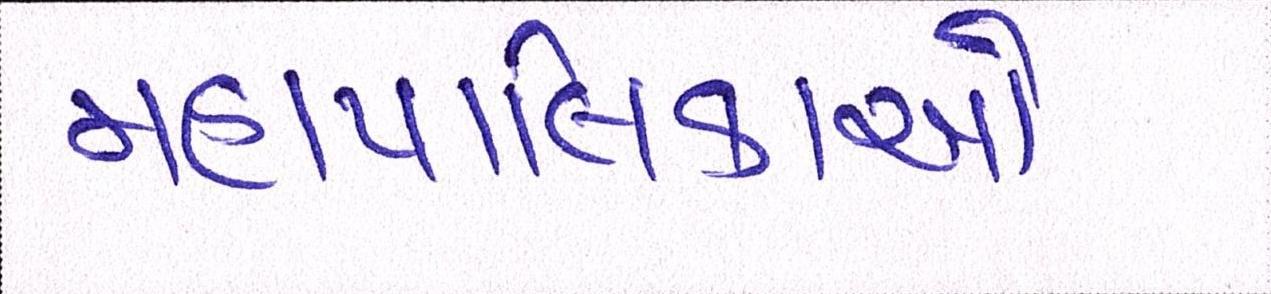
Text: મહાપાલિકાઓ